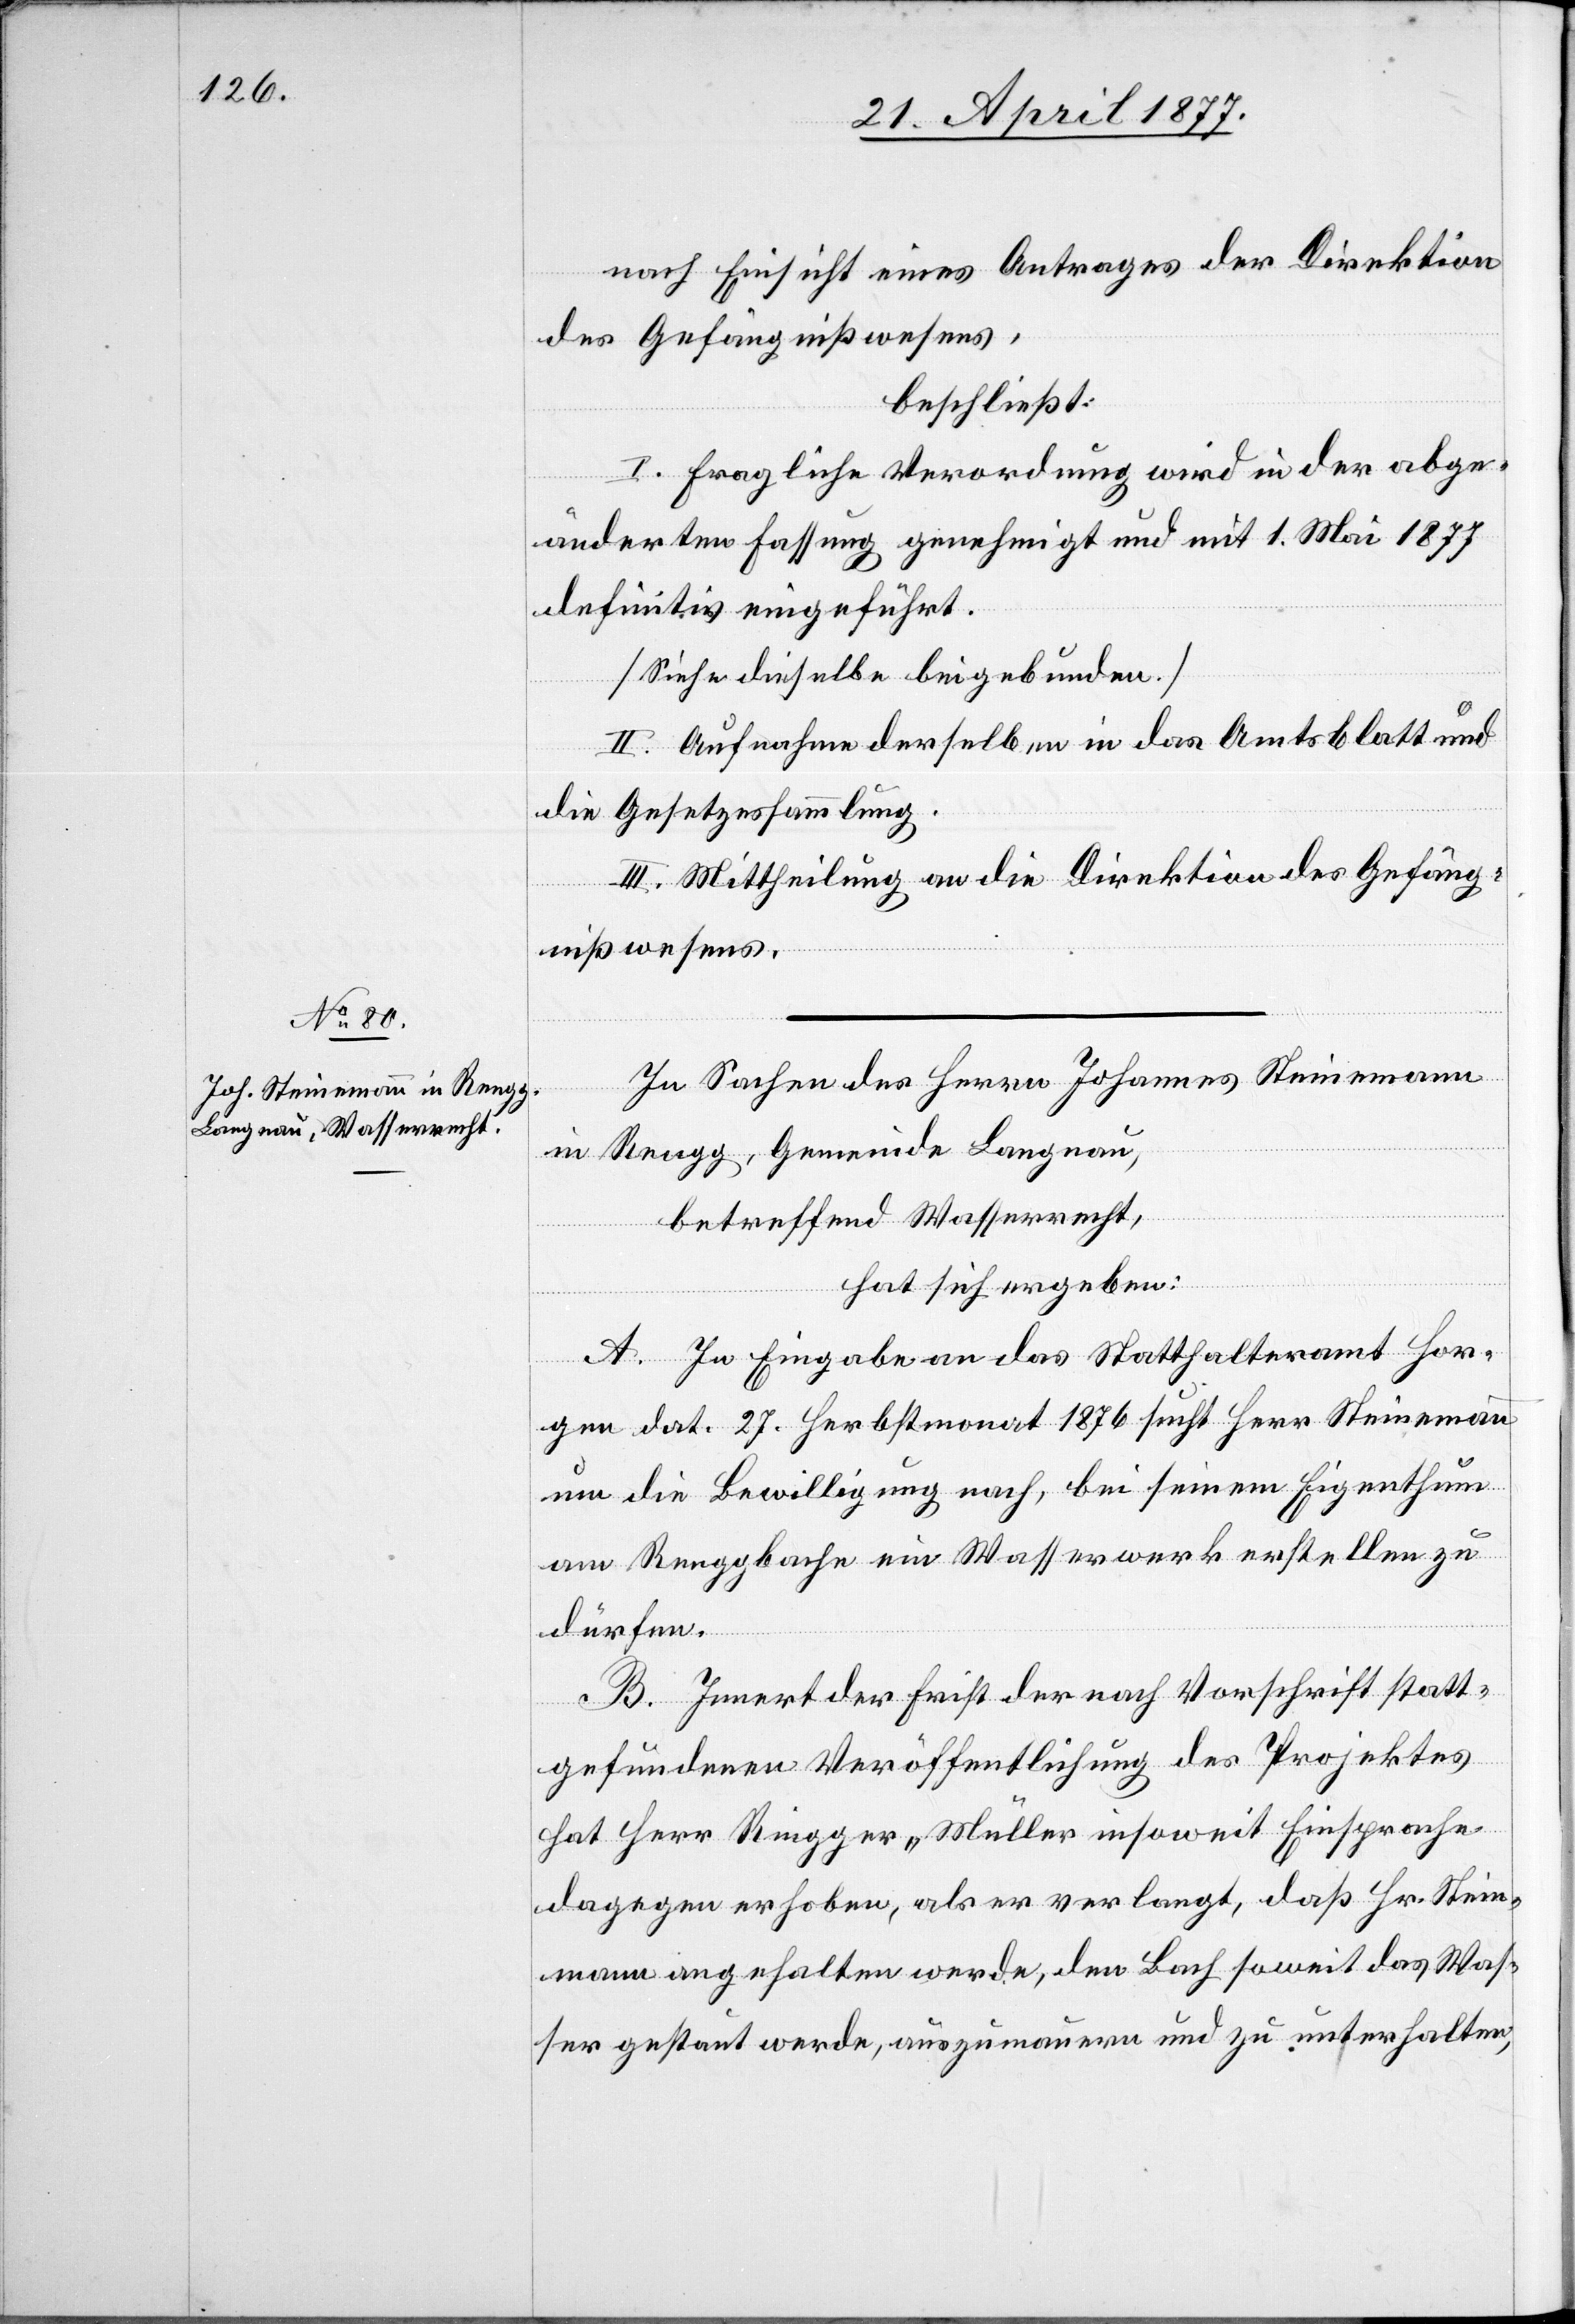
nach Einsicht eines Antrages der Direktion
des Gefängnißwesens,
beschließt:
I. Fragliche Verordnung wird in der abge¬
änderten Fassung genehmigt und mit 1. Mai 1877
definitiv eingeführt.
[Siehe dieselbe beigebunden.]
II. Aufnahme derselben in das Amtsblatt und
die Gesetzessammlung.
III. Mittheilung an die Direktion des Gefäng¬
nißwesens.
In Sachen des Herrn Johannes Steinemann
in Rengg, Gemeinde Langnau,
betreffend Wasserrecht,
hat sich ergeben:
A. In Eingabe an das Statthalteramt Hor¬
gen dat. 27. Herbstmonat 1876 sucht Herr Steinemann
um die Bewilligung nach, bei seinem Eigenthum
am Renggbache ein Wasserwerk erstellen zu
dürfen.
B. Innert der Frist der nach Vorschrift statt¬
gefundenen Veröffentlichung des Projektes
hat Herr Ringger-Müller insoweit Einsprache
dagegen erhoben, als er verlangt, daß Hr. Stein¬
mann [sic!] angehalten werde, den Bach soweit das Was¬
ser gestaut werde, auszumauern und zu unterhalten,